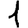
Digit: 1